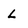
Character: L